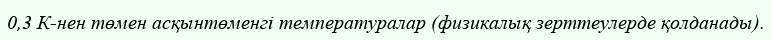
0,3 К-нен төмен асқынтөменгі температуралар (физикалық зерттеулерде қолданады).